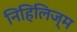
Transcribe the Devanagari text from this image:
निहिलिज्म